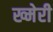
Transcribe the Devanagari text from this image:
ख्मेरी